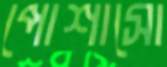
পোশাসো